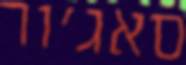
סאג'ור